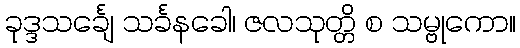
ခုဒ္ဒသင်္ချေ သင်္ခနခေါ၊ ဇလသုတ္တိ စ သမ္ဗုကော။